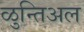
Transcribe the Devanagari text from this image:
ळुन्तिअल